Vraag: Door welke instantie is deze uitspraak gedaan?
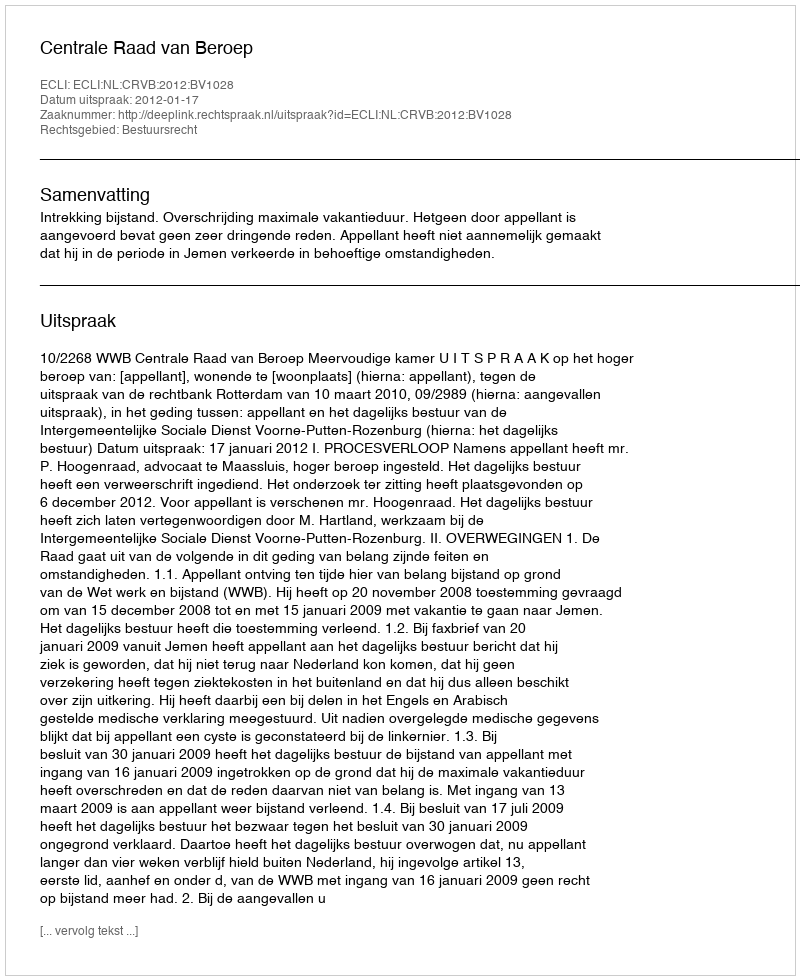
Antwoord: Centrale Raad van Beroep